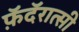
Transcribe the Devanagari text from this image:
फ़ॅदॅरात्सी